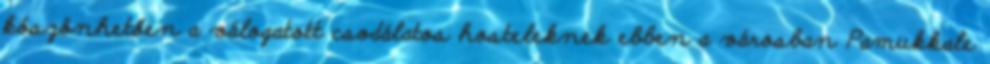
köszönhetően a válogatott csodálatos hosteleknek ebben a városban Pamukkale